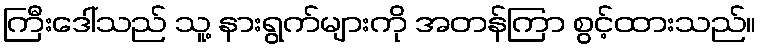
ကြီးဒေါ်သည် သူ့ နားရွက်များကို အတန်ကြာ စွင့်ထားသည်။